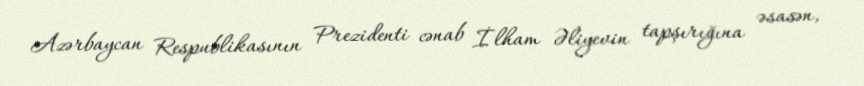
Azərbaycan Respublikasının Prezidenti cənab İlham Əliyevin tapşırığına əsasən,